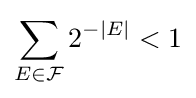
\sum _{E\in {\mathcal {F}}}2^{-|E|}<1